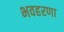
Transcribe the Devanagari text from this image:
भवहरणा